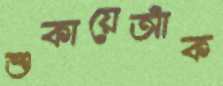
শুকায়েআঁক